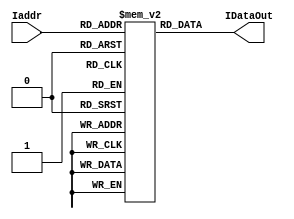
//`timescale 1ns/1ps
// instruction memory
module IM(
        input[6:0] Iaddr, //instruction address
        output reg[31:0] IDataOut //instruction content output
    );

    reg[31:0] rom[127:0];

    always@(Iaddr)
    begin
        IDataOut = rom[Iaddr];
    end

endmodule